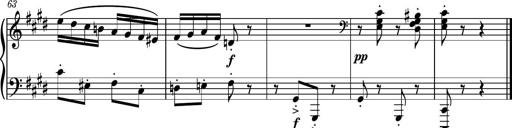
Title: Piano Sonatina No.7
Composer: Dimitri Sykias
Key: G major